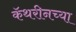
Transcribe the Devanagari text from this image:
कॅथरीनच्या